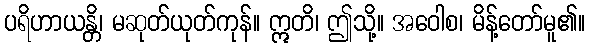
ပရိဟာယန္တိ၊ မဆုတ်ယုတ်ကုန်။ ဣတိ၊ ဤသို့။ အဝေါစ၊ မိန့်တော်မူ၏။